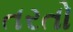
તરતો